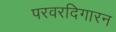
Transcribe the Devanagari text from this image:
परवरदिगारन